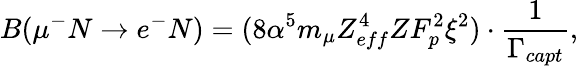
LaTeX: B(\mu^{-}N\rightarrow e^{-}N)=(8\alpha^{5}m_{\mu}Z_{eff}^{4}ZF_{p}^{2}\xi^{2})\cdot{\frac{1}{\Gamma_{capt}}},